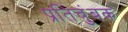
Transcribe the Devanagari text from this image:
प्रतिचुंबक